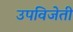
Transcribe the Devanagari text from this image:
उपविजेती